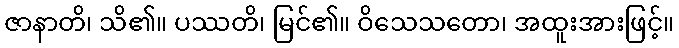
ဇာနာတိ၊ သိ၏။ ပဿတိ၊ မြင်၏။ ဝိသေသတော၊ အထူးအားဖြင့်။